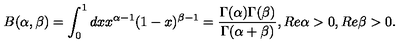
B ( \alpha , \beta ) = \int _ { 0 } ^ { 1 } d x x ^ { \alpha - 1 } ( 1 - x ) ^ { \beta - 1 } = \frac { \Gamma ( \alpha ) \Gamma ( \beta ) } { \Gamma ( \alpha + \beta ) } , R e \alpha > 0 , R e \beta > 0 .